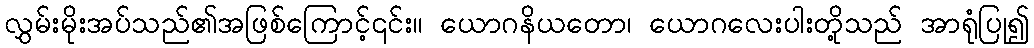
လွှမ်းမိုးအပ်သည်၏အဖြစ်ကြောင့်၎င်း။ ယောဂနိယတော၊ ယောဂလေးပါးတို့သည် အာရုံပြု၍